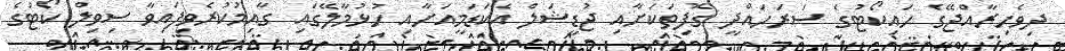
ދިވެހިރާއްޖޭގެ ހައިކޯޓުގެ ސަރަހައްދީ ގޮފިތަކަށާއި ޖުޑީޝަލް އެކަޑަމީއަށާއި ހުޅުމާލޭގައި ގާއިމުކުރެވިފައިވާ ސިވިލް ކޯޓުގެ